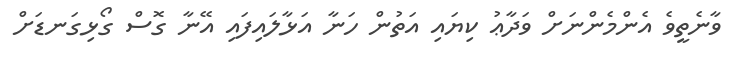
ވާނެތީވެ އެންމެންނަށް ވަދާޢު ކިޔައި އަތުން ހަނާ އަޅާލައިފައި އޭނާ ގޮސް ގޯޅިގަނޑަށް